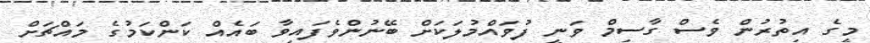
މީގެ އިތުރުން ވެސް ގާސިމް ވަނީ ފުވައްމުލަކަށް ބޭނުންވެފައިވާ ބައެއް ކަންކަމުގެ މައްޗަށް